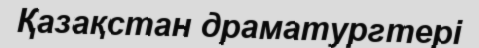
Қазақстан драматургтері